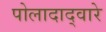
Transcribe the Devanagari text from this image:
पोलादाद्वारे